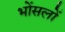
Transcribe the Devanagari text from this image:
भोंसलों